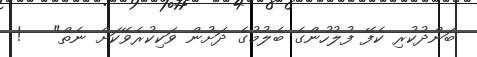
ބަންދުކުރި ކެފޭ ފުލުހުންގެ ބެލުމުގެ ދަށުން ވަކިކުރެވޭކަަށް ނެތް"   !